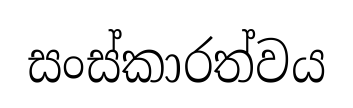
සංස්කාරත්වය